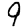
Digit: 9